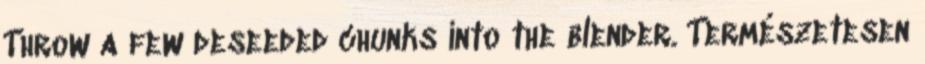
Throw a few deseeded chunks into the blender. Természetesen